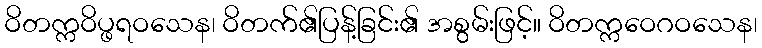
ဝိတက္ကဝိပ္ဖရဝသေန၊ ဝိတက်၏ပြန့်ခြင်း၏ အစွမ်းဖြင့်။ ဝိတက္ကဝေဂဝသေန၊